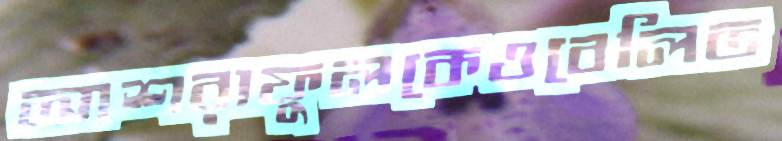
আশরাফুলকেওবেলিত